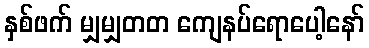
နှစ်ဖက် မျှမျှတတ ကျေနပ်ရောပေါ့နော်